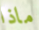
ماذا